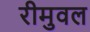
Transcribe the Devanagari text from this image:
रीमुवल